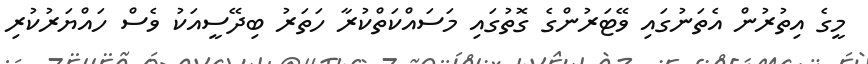
މީގެ އިތުރުން އެތަނުގައި ވޭޓަރުންގެ ގޮތުގައި މަސައްކަތްކުރާ ހަތަރު ބިދޭސީއަކު ވެސް ހައްޔަރުކުރި